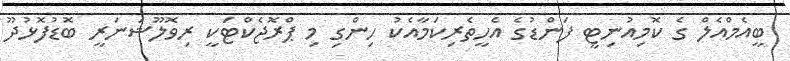
ބީއެމްއެލް ގެ ކޮމިއުނިޓީ ފަންޑުގެ އެހީތެރިކަމާއެކު ހިންގި މި ޕްރޮޖެކްޓަކީ ރިވޮލޫޝަނަރީ ބޮޑުފޮޅުދޫ